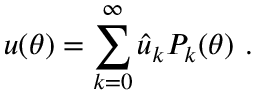
u \mathopen { } \mathclose \bgroup \left( \theta \aftergroup \egroup \right) = \sum _ { k = 0 } ^ { \infty } \hat { u } _ { k } P _ { k } \mathopen { } \mathclose \bgroup \left( \theta \aftergroup \egroup \right) ~ .